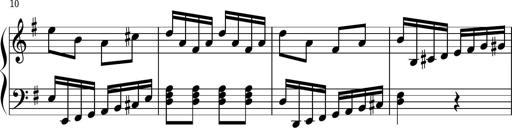
Title: Keyboard Sonatina in G
Composer: Michael Pogudin
Key: G major